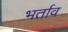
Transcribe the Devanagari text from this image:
भर्ताव